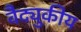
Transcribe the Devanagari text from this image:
वैद्युकीय